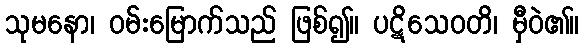
သုမနော၊ ဝမ်းမြောက်သည် ဖြစ်၍။ ပဋိသေဝတိ၊ မှီဝဲ၏။